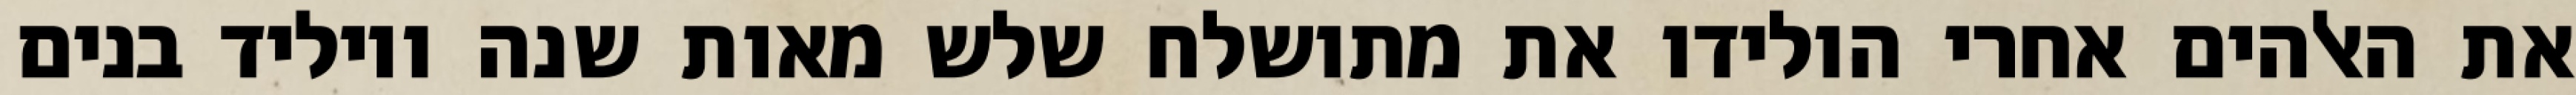
את האלהים אחרי הולידו את מתושלח שלש מאות שנה ויוליד בנים